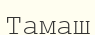
Тамаш